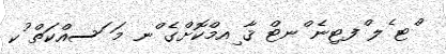
ްޓ ެލ ްފޓިނެ ްނޓް ޤާ ިއމްކޮށްގެ ްނ މަ ަސއްކަތް ުކ